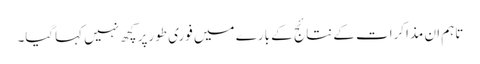
تاہم ان مذاکرات کے نتائج کے بارے میں فوری طورپر کچھ نہیں کہاگیا۔